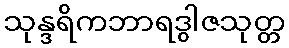
သုန္ဒရိကဘာရဒွါဇသုတ္တ